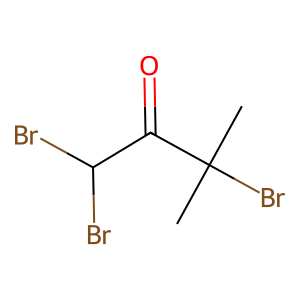
SMILES: CC(C)(Br)C(=O)C(Br)Br
Inhibits HIV replication: No